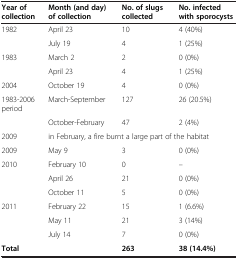
| Year of collection | Month (and day) of collection | No. of slugs collected | No. infected with sporocysts |
 | --- | --- | --- | --- |
 | 1982 | April 23 | 10 | 4 (40%) |
 |  | July 19 | 4 | 1 (25%) |
 | 1983 | March 2 | 2 | 0 (0%) |
 |  | April 23 | 4 | 1 (25%) |
 | 2004 | October 19 | 4 | 0 (0%) |
 | 1983-2006 period | March-September | 127 | 26 (20.5%) |
 |  | October-February | 47 | 2 (4%) |
 | 2009 | <COLSPAN=3> in February, a fire burnt a large part of the habitat |
 | 2009 | May 9 | 3 | 0 (0%) |
 | 2010 | February 10 | 0 | -- |
 |  | April 26 | 21 | 0 (0%) |
 |  | October 11 | 5 | 0 (0%) |
 | 2011 | February 22 | 15 | 1 (6.6%) |
 |  | May 11 | 21 | 3 (14%) |
 |  | July 14 | 7 | 0 (0%) |
 | Total |  | 263 | 38 (14.4%) |